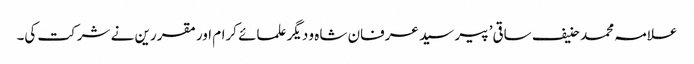
علامہ محمد حنیف ساقی’ پیر سید عرفان شاہ و دیگر علمائے کرام اور مقررین نے شرکت کی۔